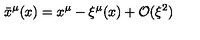
{ \bar { x } } ^ { \mu } ( x ) = x ^ { \mu } - \xi ^ { \mu } ( x ) + \mathcal { O } ( \xi ^ { 2 } )